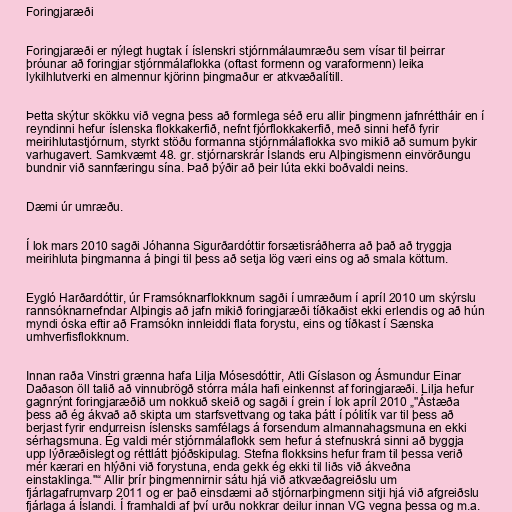
Foringjaræði

Foringjaræði er nýlegt hugtak í íslenskri stjórnmálaumræðu sem vísar til þeirrar
þróunar að foringjar stjórnmálaflokka (oftast formenn og varaformenn) leika
lykilhlutverki en almennur kjörinn þingmaður er atkvæðalítill.

Þetta skýtur skökku við vegna þess að formlega séð eru allir þingmenn jafnréttháir en í
reyndinni hefur íslenska flokkakerfið, nefnt fjórflokkakerfið, með sinni hefð fyrir
meirihlutastjórnum, styrkt stöðu formanna stjórnmálaflokka svo mikið að sumum þykir
varhugavert. Samkvæmt 48. gr. stjórnarskrár Íslands eru Alþingismenn einvörðungu
bundnir við sannfæringu sína. Það þýðir að þeir lúta ekki boðvaldi neins.

Dæmi úr umræðu.

Í lok mars 2010 sagði Jóhanna Sigurðardóttir forsætisráðherra að það að tryggja
meirihluta þingmanna á þingi til þess að setja lög væri eins og að smala köttum.

Eygló Harðardóttir, úr Framsóknarflokknum sagði í umræðum í apríl 2010 um skýrslu
rannsóknarnefndar Alþingis að jafn mikið foringjaræði tíðkaðist ekki erlendis og að hún
myndi óska eftir að Framsókn innleiddi flata forystu, eins og tíðkast í Sænska
umhverfisflokknum.

Innan raða Vinstri grænna hafa Lilja Mósesdóttir, Atli Gíslason og Ásmundur Einar
Daðason öll talið að vinnubrögð stórra mála hafi einkennst af foringjaræði. Lilja hefur
gagnrýnt foringjaræðið um nokkuð skeið og sagði í grein í lok apríl 2010 „"Ástæða
þess að ég ákvað að skipta um starfsvettvang og taka þátt í pólitík var til þess að
berjast fyrir endurreisn íslensks samfélags á forsendum almannahagsmuna en ekki
sérhagsmuna. Ég valdi mér stjórnmálaflokk sem hefur á stefnuskrá sinni að byggja
upp lýðræðislegt og réttlátt þjóðskipulag. Stefna flokksins hefur fram til þessa verið
mér kærari en hlýðni við forystuna, enda gekk ég ekki til liðs við ákveðna
einstaklinga."“ Allir þrír þingmennirnir sátu hjá við atkvæðagreiðslu um
fjárlagafrumvarp 2011 og er það einsdæmi að stjórnarþingmenn sitji hjá við afgreiðslu
fjárlaga á Íslandi. Í framhaldi af því urðu nokkrar deilur innan VG vegna þessa og m.a.